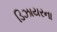
ડિઝાયરના